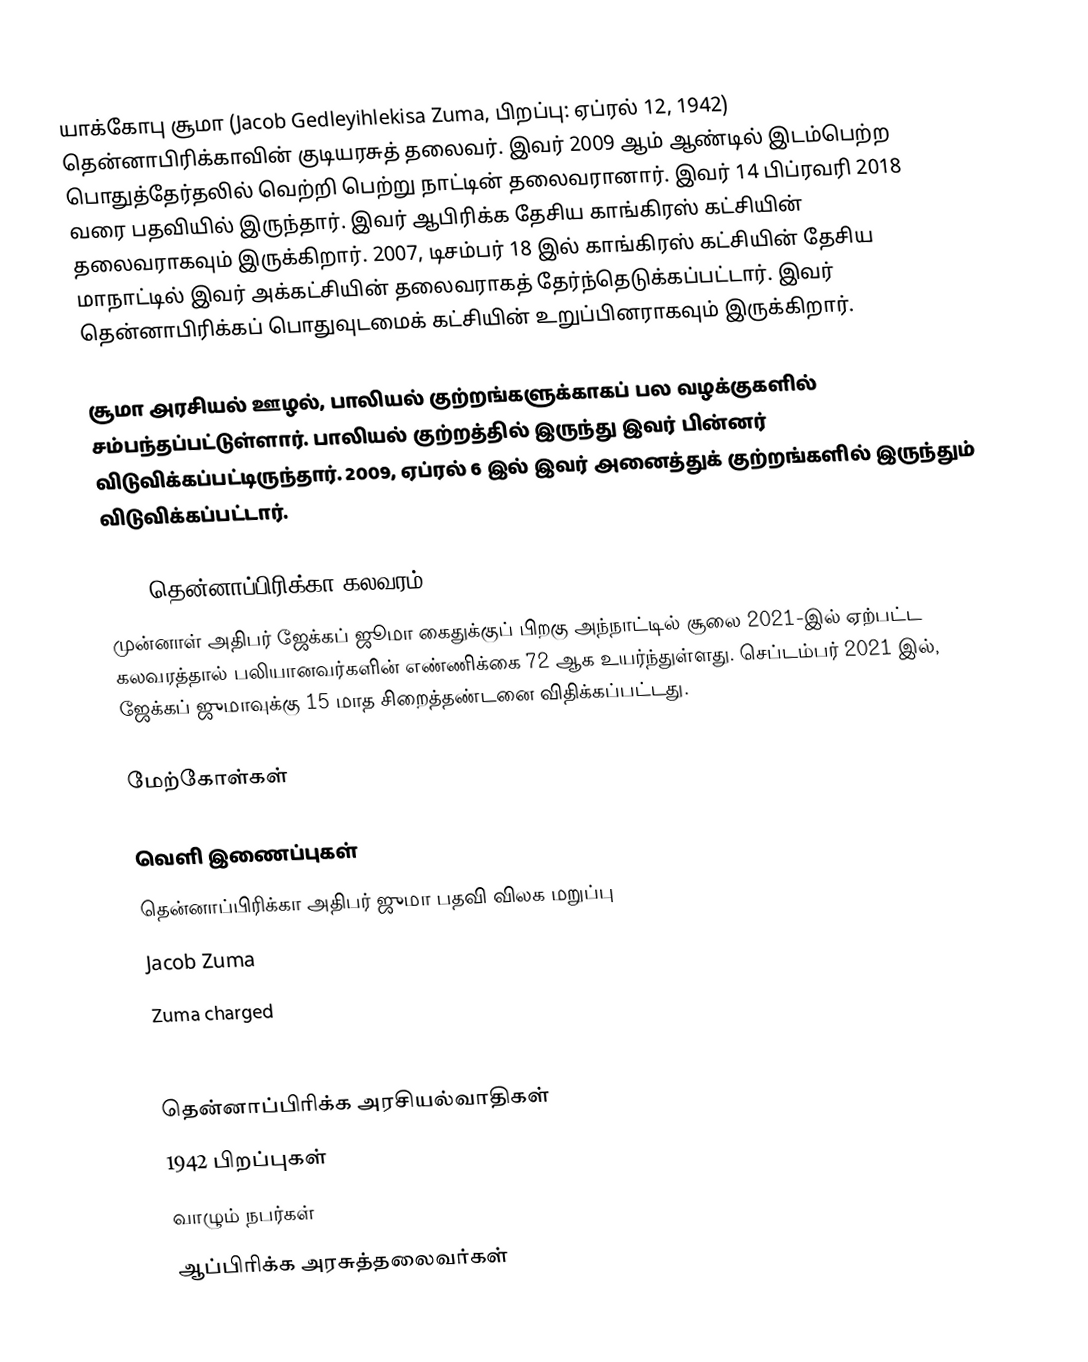
யாக்கோபு சூமா (Jacob Gedleyihlekisa Zuma, பிறப்பு: ஏப்ரல் 12, 1942) தென்னாபிரிக்காவின் குடியரசுத் தலைவர். இவர் 2009 ஆம் ஆண்டில் இடம்பெற்ற பொதுத்தேர்தலில் வெற்றி பெற்று நாட்டின் தலைவரானார். இவர் 14 பிப்ரவரி 2018 வரை பதவியில் இருந்தார். இவர் ஆபிரிக்க தேசிய காங்கிரஸ் கட்சியின் தலைவராகவும் இருக்கிறார். 2007, டிசம்பர் 18 இல் காங்கிரஸ் கட்சியின் தேசிய மாநாட்டில் இவர் அக்கட்சியின் தலைவராகத் தேர்ந்தெடுக்கப்பட்டார். இவர் தென்னாபிரிக்கப் பொதுவுடமைக் கட்சியின் உறுப்பினராகவும் இருக்கிறார்.

சூமா அரசியல் ஊழல், பாலியல் குற்றங்களுக்காகப் பல வழக்குகளில் சம்பந்தப்பட்டுள்ளார். பாலியல் குற்றத்தில் இருந்து இவர் பின்னர் விடுவிக்கப்பட்டிருந்தார். 2009, ஏப்ரல் 6 இல் இவர் அனைத்துக் குற்றங்களில் இருந்தும் விடுவிக்கப்பட்டார்.

2021 தென்னாப்பிரிக்கா கலவரம்
முன்னாள் அதிபர் ஜேக்கப் ஜூமா கைதுக்குப் பிறகு அந்நாட்டில் சூலை 2021-இல் ஏற்பட்ட கலவரத்தால் பலியானவர்களின் எண்ணிக்கை 72 ஆக உயர்ந்துள்ளது. செப்டம்பர் 2021 இல், ஜேக்கப் ஜுமாவுக்கு 15 மாத சிறைத்தண்டனை விதிக்கப்பட்டது.

மேற்கோள்கள்

வெளி இணைப்புகள்
  தென்னாப்பிரிக்கா  அதிபர் ஜுமா பதவி விலக மறுப்பு
Jacob Zuma
Zuma charged
Zuma case reveals SA rape problem

தென்னாப்பிரிக்க அரசியல்வாதிகள்
1942 பிறப்புகள்
வாழும் நபர்கள்
ஆப்பிரிக்க அரசுத்தலைவர்கள்